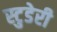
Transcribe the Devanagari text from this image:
स्टुडेरी